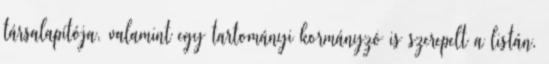
társalapítója, valamint egy tartományi kormányzó is szerepelt a listán.